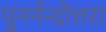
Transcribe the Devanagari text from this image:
पुनर्नन्दोत्तरा